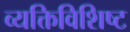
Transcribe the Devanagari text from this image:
व्यक्तिविशिष्ट